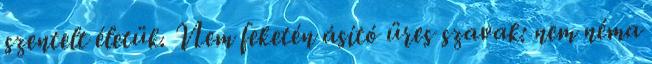
szentelt életük. Nem feketén ásító üres szavak: nem néma